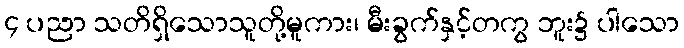
၄ ပညာ သတိရှိသောသူတို့မူကား၊ မီးခွက်နှင့်တကွ ဘူး၌ ပါသော